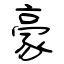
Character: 豪